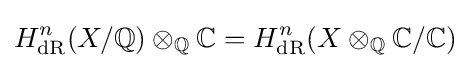
H_{\text{dR}}^{n}(X/\mathbb {Q} )\otimes _{\mathbb {Q} }\mathbb {C} =H_{\text{dR}}^{n}(X\otimes _{\mathbb {Q} }\mathbb {C} /\mathbb {C} )